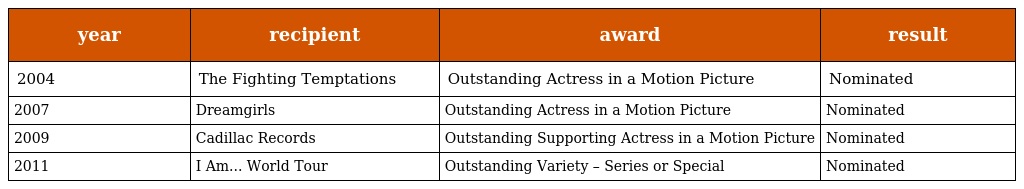
| year | recipient | award | result |
 | --- | --- | --- | --- |
 | 2004 | The Fighting Temptations | Outstanding Actress in a Motion Picture | Nominated |
 | 2007 | Dreamgirls | Outstanding Actress in a Motion Picture | Nominated |
 | 2009 | Cadillac Records | Outstanding Supporting Actress in a Motion Picture | Nominated |
 | 2011 | I Am... World Tour | Outstanding Variety – Series or Special | Nominated |